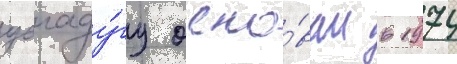
уагаду́гу осно́ван в 1974